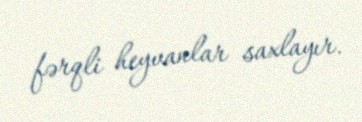
fərqli heyvanlar saxlayır.